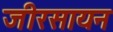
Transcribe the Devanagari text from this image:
जीरसायन